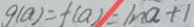
g ( a ) = f ( a ) = \ln a + 1